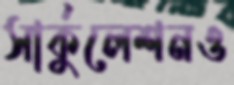
সার্কুলেশনও